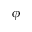
\phi